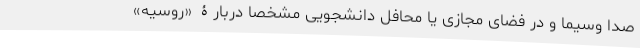
صدا وسیما و در فضای مجازی یا محافل دانشجویی مشخصا دربارۀ «روسیه»